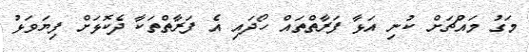
މަގު މައްޗަށް ކުނި އަޅާ ފަރާތްތައް ހޯދައި އެ ފަރާތްތަކާ ދެކޮޅަށް ފިޔަވަޅު